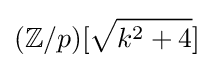
(\mathbb {Z} /p)[{\sqrt {k^{2}+4}}]